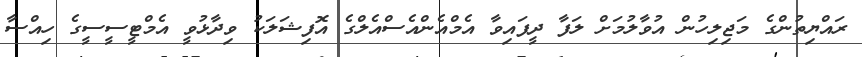
ރައްޔިތުންގެ މަޖިލިހުން އުވާލުމަށް ލަފާ ދީފައިވާ އެމްއެންއެސްއެލްގެ އޮފިޝަލަކު ވިދާޅުވީ އެމްޓީސީސީގެ ހިއްސާ